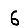
Digit: 6